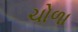
ચોળા